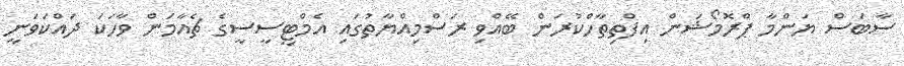
ސާބަސް ޔަންމާ ޕްރޮމޯޝަން އިފްތިތާހްކުރަން ބޭއްވި ރަސްމިއްޔާތުގައި އެމްޓީސީސީގެ ޗެއާމަން ވާހަކަ ދައްކަވަނީ